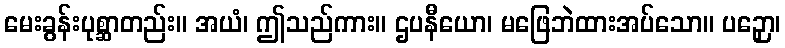
မေးခွန်းပုစ္ဆာတည်း။ အယံ၊ ဤသည်ကား။ ဌပနီယော၊ မဖြေဘဲထားအပ်သော။ ပဉှော၊